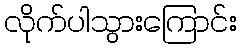
လိုက်ပါသွားကြောင်း